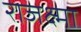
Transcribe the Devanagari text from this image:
राजक्ष्मा